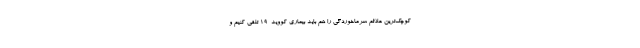
کوچک‌ترین علائم سرماخوردگی را هم باید بیماری کووید-۱۹ تلقی کنیم و